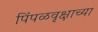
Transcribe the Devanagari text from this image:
पिंपळवृक्षाच्या